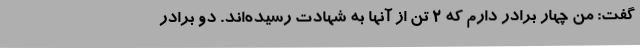
گفت: من چهار برادر دارم که ۲ تن از آنها به شهادت رسیده‌اند. دو برادر